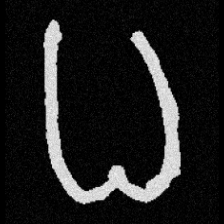
Pyu character \u2014 Myanmar letter: ဓ (romanized: dha)